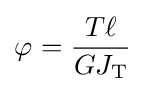
\varphi _{}={\frac {T\ell }{GJ_{\text{T}}}}